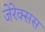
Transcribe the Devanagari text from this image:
जेरेक्सस